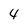
Character: 4